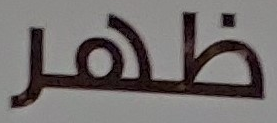
ظهر